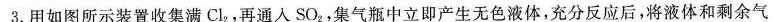
3.用如图所示装置收集满Cl_{2}，再通人SO_{2}，集气瓶中立即产生无色液体，充分反应后，将液体和剩余气